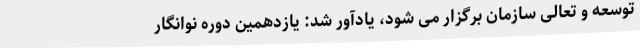
توسعه و تعالی سازمان برگزار می شود، یادآور شد: یازدهمین دوره نوانگار